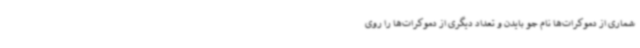
شماری از دموکرات‌ها نام جو بایدن و تعداد دیگری از دموکرات‌ها را روی